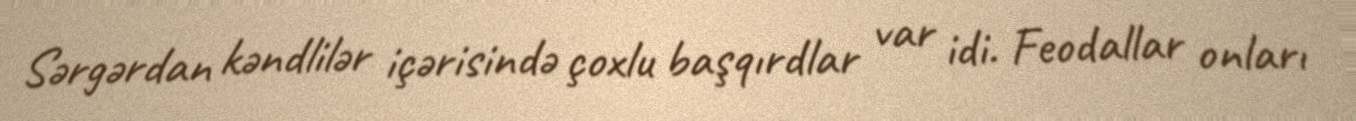
Sərgərdan kəndlilər içərisində çoxlu başqırdlar var idi. Feodallar onları